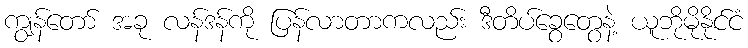
ကျွန်တော် အခု လန်ဒန်ကို ပြန်လာတာကလည်း ဒီတိပ်ခွေတွေနဲ့ ယူဘိုမိုနိုင်ငံ